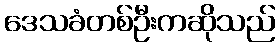
ဒေသခံတစ်ဦးကဆိုသည်